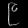
Digit: ၉